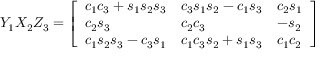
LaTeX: Y _ { 1 } X _ { 2 } Z _ { 3 } = { \left[ \begin{array} { l l l } { c _ { 1 } c _ { 3 } + s _ { 1 } s _ { 2 } s _ { 3 } } & { c _ { 3 } s _ { 1 } s _ { 2 } - c _ { 1 } s _ { 3 } } & { c _ { 2 } s _ { 1 } } \\ { c _ { 2 } s _ { 3 } } & { c _ { 2 } c _ { 3 } } & { - s _ { 2 } } \\ { c _ { 1 } s _ { 2 } s _ { 3 } - c _ { 3 } s _ { 1 } } & { c _ { 1 } c _ { 3 } s _ { 2 } + s _ { 1 } s _ { 3 } } & { c _ { 1 } c _ { 2 } } \end{array} \right] }